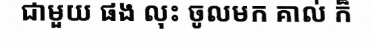
ជាមួយ ផង លុះ ចូលមក គាល់ ក៏